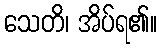
သေတိ၊ အိပ်ရ၏။